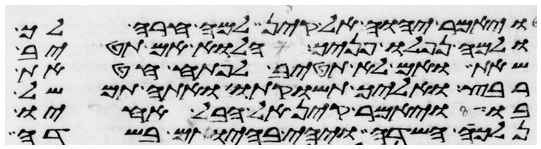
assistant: ויאמר יהוה אל קין למה חרה לך
ולמה נפלו פניך הלוא אם תטיב
שאת ואם לא תטיב לפתח חטאת
רבץ ואליך תשוקתו ואתה תמשל
בו ויאמר קין אל הבל אחיו
נלכה השדה ויהי בהיותם בשדה